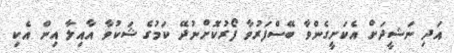
އަދި ނަޝީދަށް އެކަށީގެންވާ ބޭސްފަރުވާ ފޯރުކޮށްނުދޭ ކަމުގެ ޝަކުވާ އާއިލާ އިން އެކި